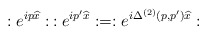
\begin{align*}:e^{ip\widehat{x}}: \,:e^{ip^{\prime}\widehat{x}}: = :e^{i\Delta^{(2)}(p,p^{\prime})\widehat{x}}:\end{align*}